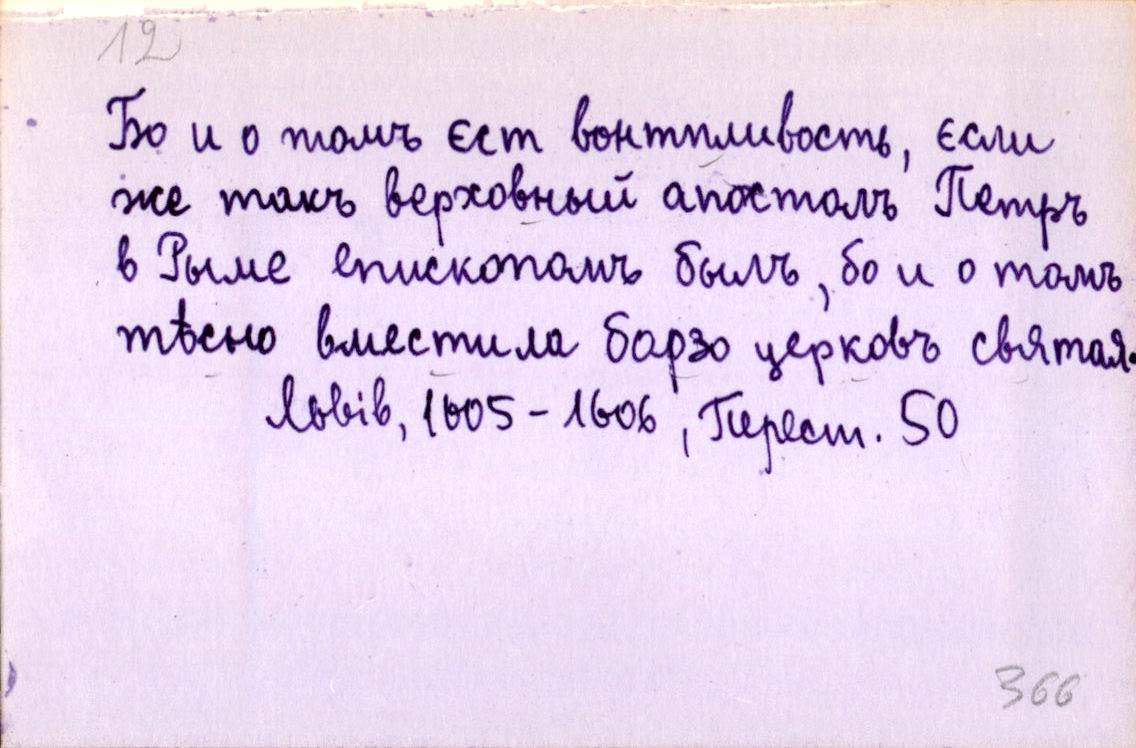
Бо и о томъ єст вонтпливость, єсли
же такъ верховный апостолъ Петръ
в Рыме епископомъ былъ, бо и о томъ
тѣсно вместила барзо церковъ святая.
Львів, 1605-1606, Перест. 50